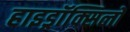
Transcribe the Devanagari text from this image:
हाइड्रॉक्सिलों